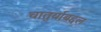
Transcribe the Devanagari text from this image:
चातुर्याबद्दल